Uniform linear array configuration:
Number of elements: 48
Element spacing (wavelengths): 0.5
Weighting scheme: hamming
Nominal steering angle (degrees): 45
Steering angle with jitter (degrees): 44.498
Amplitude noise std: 0.05
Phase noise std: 0.05

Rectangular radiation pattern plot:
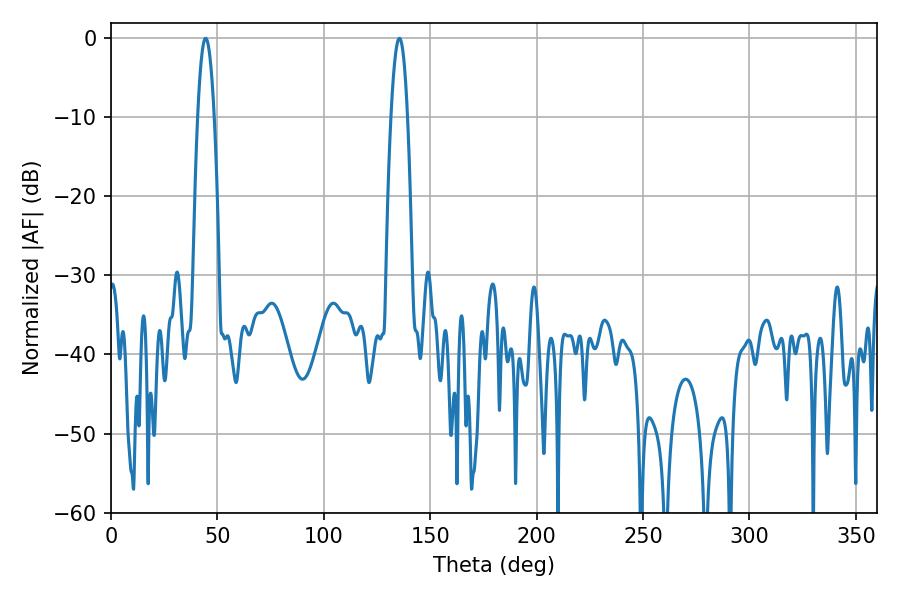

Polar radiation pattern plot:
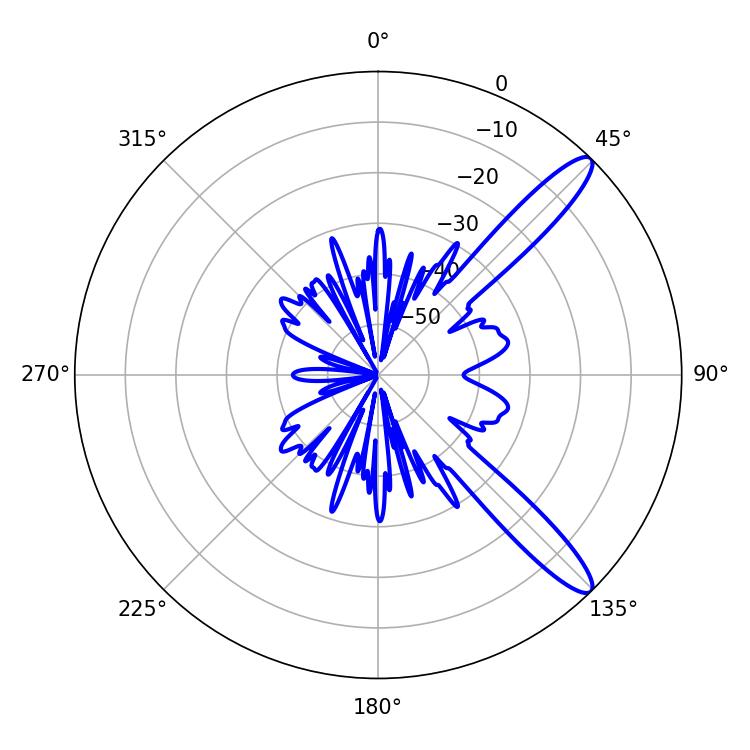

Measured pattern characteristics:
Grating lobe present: FALSE
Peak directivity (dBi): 12.454
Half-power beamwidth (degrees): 4.14
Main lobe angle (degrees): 44.46